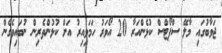
ޖަވާބުގައި މާލޭ ސްޕޯޓްސް ކުޅެންއަރާ 20 އޯވަރު ހަމަވިއިރު އަށް ކުޅުންތެރިން ނުބައިވެގެން